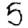
Digit: 5